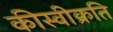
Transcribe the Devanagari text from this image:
कीस्वीक्रति